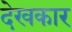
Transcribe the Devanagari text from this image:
देखकार